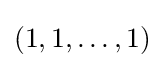
(1,1,\ldots ,1)